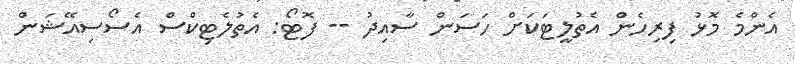
އެންމެ މޮޅު ފިރިހެން އެތުލީޓަކަށް ހަސަން ސާއިދު -- ފޮޓޯ: އެތުލެޓިކްސް އެސޯސިއޭޝަން